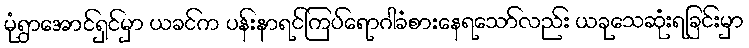
မုံရွာအောင်ရှင်မှာ ယခင်က ပန်းနာရင်ကြပ်ရောဂါခံစားနေရသော်လည်း ယခုသေဆုံးရခြင်းမှာ